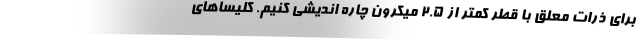
برای ذرات معلق با قطر کمتر از 2.5 میکرون چاره اندیشی کنیم. کلیسا‌های